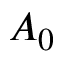
A _ { 0 }